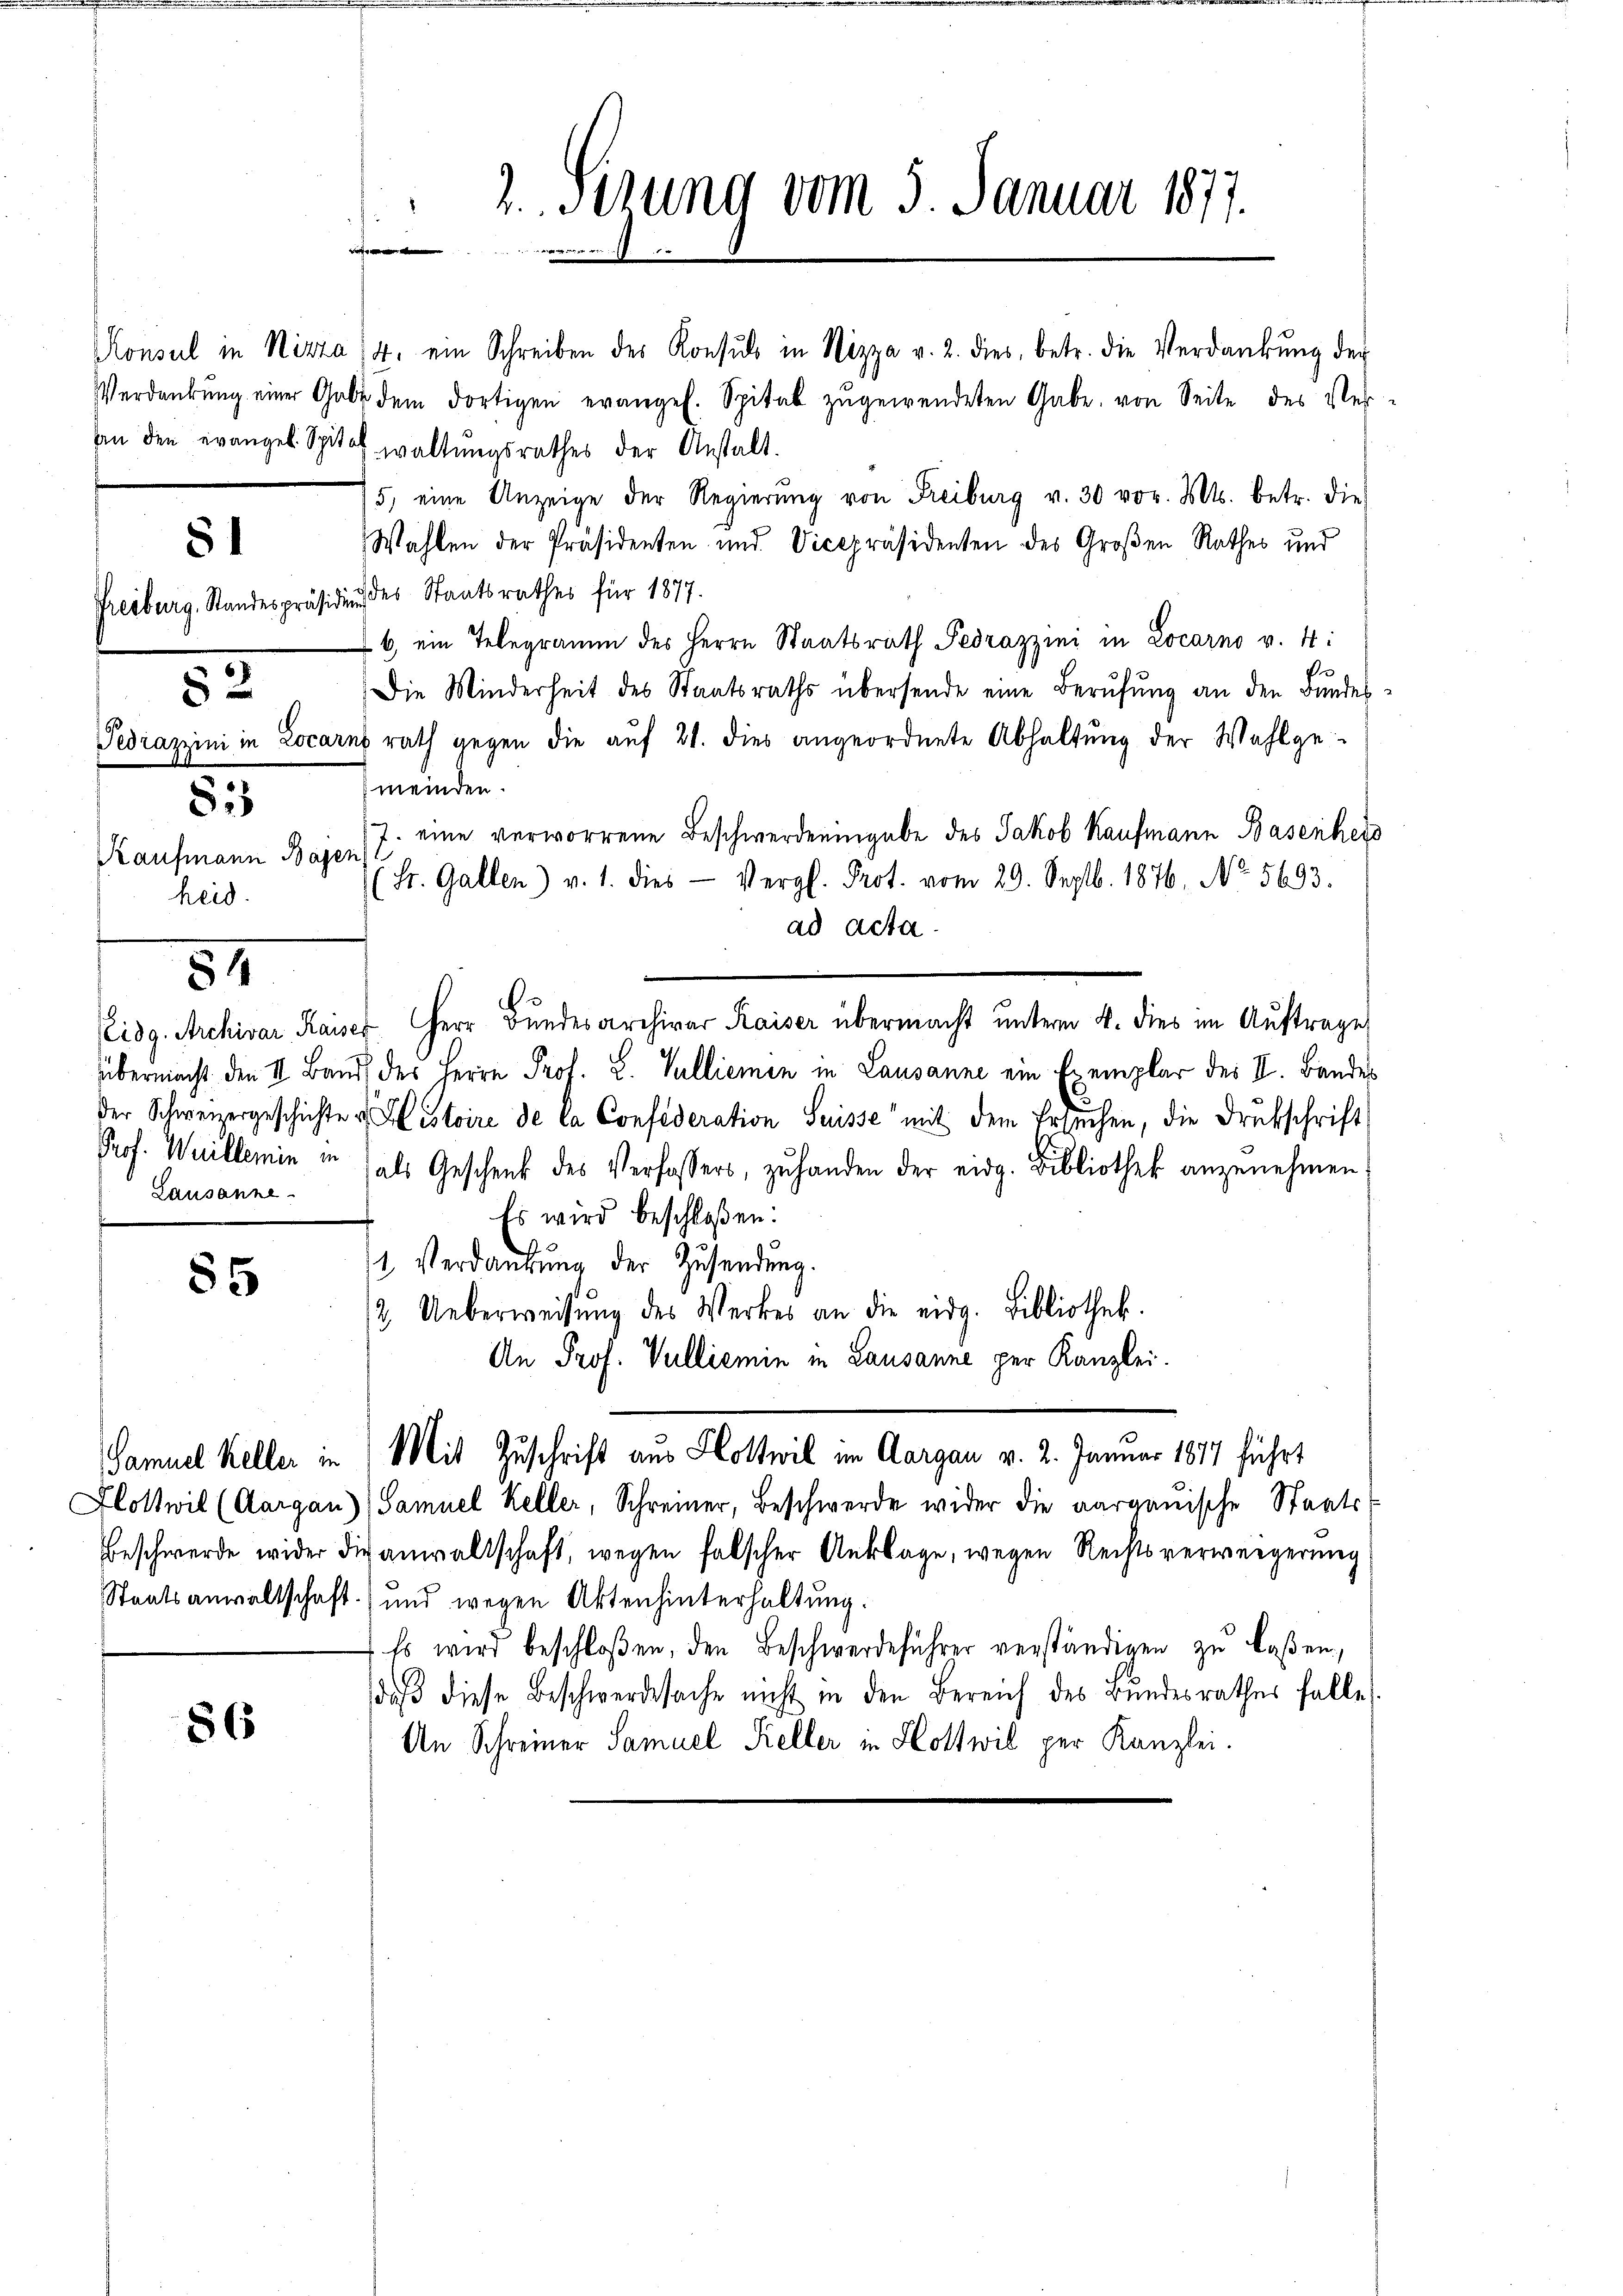
81

8:5
Kaufmann Bagen
heid.

53

54

55

86

Lausanne.

Konsul in Nizza (4. ein Schreiben des Konsuls in Nizza v. 2. dies, betr. die Verdankŭng der
Verdankŭng einer Gabe dem dortigen evangeh. Spital zŭgewendeten Gabe, von Seite des Ver-
sin den evangel Spital waltŭngsrathes der Anstalt.
75, eine Anzeige der Regierŭng von Freiburg v. 30 vor. Mts. betr. die
Wahlen der Präsidenten und Vicepräsidenten des Großen Rathes und
Freiburg. Standespräsiden des Staatsrathes für 1877.
6 ein Telegramm des Herrn Staatsrath Pedrazzini in Locarno v. 4:
Die Minderheit des Staatsraths übersende eine Berŭfŭng an den Bundes¬
Tedrazzini in Locarns rath gegen die auf 21. dies angeordnete Abhaltŭng der Wahlge-
meinden.
7. eine verworrene Beschwerdeningabe des Jakob Kaufmann Basenheis
St. Gallen) v. 1. dies Vergl. Prot. vom 29. Septb. 1876. No. 5693.
ad acta.
Pidg. Archivar Kaiser Herr Bundesarchivar Kaiser übermacht unterm 4. dies im Auftrage
übermacht den II. Band des Herrn Prof. S. Vullieren in Lausanne ein Exemplar des II. Bandes
der Schweizergeschichte u. Histoire de la Confederation Suisse mit dem Ersuchen, die Drukschrift
Prof. Weillemin in als Geschenk des Verfassers, zu handen der eidg. Bibliothek anzunehmen;
Es wird beschloßen:
1 Verdankung der Zusendung.
2. Ueberweisŭng des Werkes an die eidg. Bibliothek.
An Prof. Vulliemin in Lausanne per Kanzlei.
Samuel Keller in Mit Zuschrift aus Hottwil im Aargau v. 2. Januar 1817 führt
Hlottwil (Aargau), Samuel Keller, Schreiner, Beschwerde wider die aargauische Staats-
Beschwerde wider die anwaltschaft, wegen falscher Anklage, wegen Rechtsverweigerung
Staatsanwaltschaft) und wegen Akten hinterhaltung.
Es wird beschloßen, den Beschwerdeführer verständigen zu laßen,
daß diese Beschwerdesache nicht in den Bereich des Bundesrathes falle
An Schreiner Samuel Keller in Hottwil per Kanzlei.

2.Stzung vom 5. Januar 1877.
.
eweren